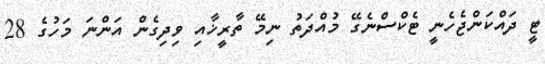
ޓީ ދައްކަންޖެހެނީ ޓެކްސްނެގޭ މުއްދަތު ނިމޭ ތާރީޚާއި ވިދިގެން އަންނަ މަހުގެ 28